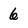
Character: 6